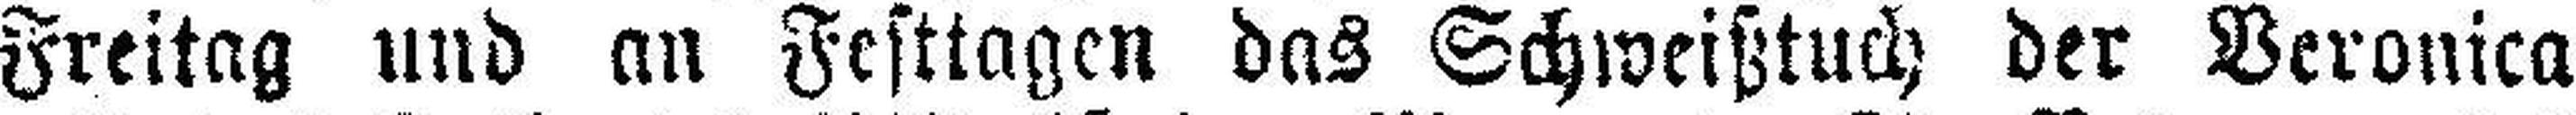
Freitag und an Festtagen das Schweißtuch der Veronica